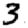
Digit: 3